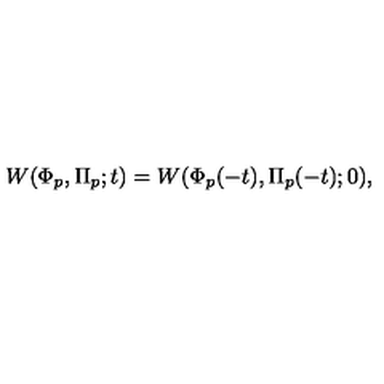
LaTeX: W ( \Phi _ { p } , \Pi _ { p } ; t ) = W ( \Phi _ { p } ( - t ) , \Pi _ { p } ( - t ) ; 0 ) ,